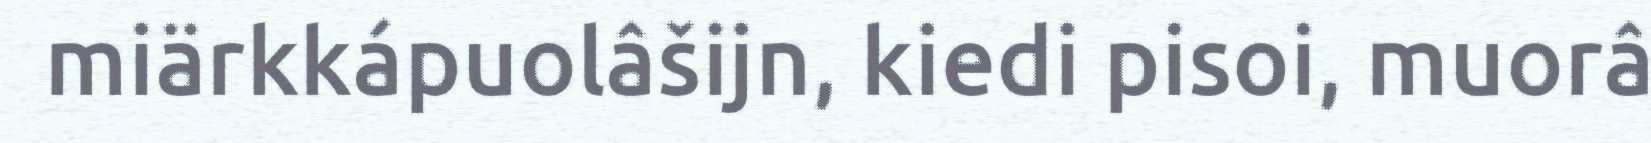
miärkkápuolâšijn, kiedi pisoi, muorâ